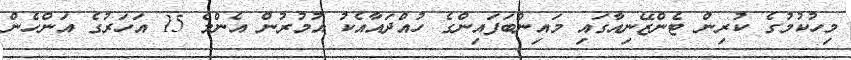
މިހުކުމުގެ ކުރިން ޓެންޒޭނިއާގައި މައިންބަފައިންގެ ހުއްދައާއެކު އުމުރުން އެންމެ 15 އަހަރުގެ އަންހެން